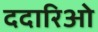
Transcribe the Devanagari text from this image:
ददारिओ